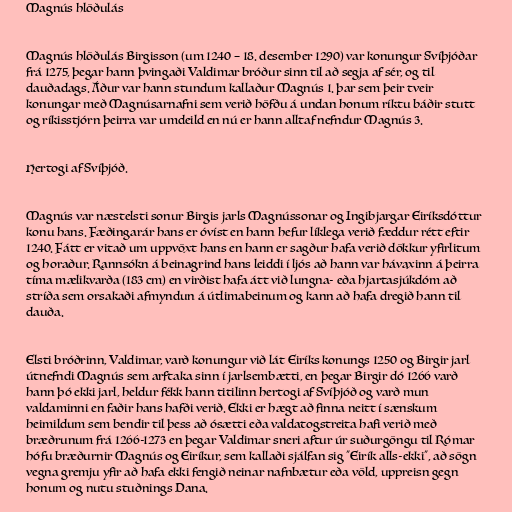
Magnús hlöðulás

Magnús hlöðulás Birgisson (um 1240 – 18. desember 1290) var konungur Svíþjóðar
frá 1275, þegar hann þvingaði Valdimar bróður sinn til að segja af sér, og til
dauðadags. Áður var hann stundum kallaður Magnús 1. þar sem þeir tveir
konungar með Magnúsarnafni sem verið höfðu á undan honum ríktu báðir stutt
og ríkisstjórn þeirra var umdeild en nú er hann alltaf nefndur Magnús 3.

Hertogi af Svíþjóð.

Magnús var næstelsti sonur Birgis jarls Magnússonar og Ingibjargar Eiríksdóttur
konu hans. Fæðingarár hans er óvíst en hann hefur líklega verið fæddur rétt eftir
1240. Fátt er vitað um uppvöxt hans en hann er sagður hafa verið dökkur yfirlitum
og horaður. Rannsókn á beinagrind hans leiddi í ljós að hann var hávaxinn á þeirra
tíma mælikvarða (183 cm) en virðist hafa átt við lungna- eða hjartasjúkdóm að
stríða sem orsakaði afmyndun á útlimabeinum og kann að hafa dregið hann til
dauða.

Elsti bróðrinn, Valdimar, varð konungur við lát Eiríks konungs 1250 og Birgir jarl
útnefndi Magnús sem arftaka sinn í jarlsembætti, en þegar Birgir dó 1266 varð
hann þó ekki jarl, heldur fékk hann titilinn hertogi af Svíþjóð og varð mun
valdaminni en faðir hans hafði verið. Ekki er hægt að finna neitt í sænskum
heimildum sem bendir til þess að ósætti eða valdatogstreita hafi verið með
bræðrunum frá 1266-1273 en þegar Valdimar sneri aftur úr suðurgöngu til Rómar
hófu bræðurnir Magnús og Eiríkur, sem kallaði sjálfan sig "Eirík alls-ekki", að sögn
vegna gremju yfir að hafa ekki fengið neinar nafnbætur eða völd, uppreisn gegn
honum og nutu stuðnings Dana.